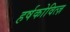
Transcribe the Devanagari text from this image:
हर्षकोवित्ज़